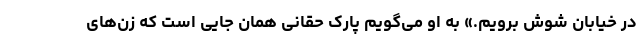
در خیابان شوش برویم.» به او می‌گویم پارک حقانی همان جایی است که زن‌های